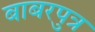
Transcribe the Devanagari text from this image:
बाबरपुत्र